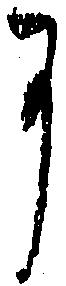
に